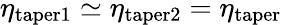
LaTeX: \eta_{\mathrm{taper1}}\simeq\eta_{\mathrm{taper2}}=\eta_{\mathrm{taper}}